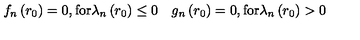
f _ { n } \left( r _ { 0 } \right) = 0 , \mathrm { f o r } \lambda _ { n } \left( r _ { 0 } \right) \leq 0 \quad g _ { n } \left( r _ { 0 } \right) = 0 , \mathrm { f o r } \lambda _ { n } \left( r _ { 0 } \right) > 0